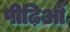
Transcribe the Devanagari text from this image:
पीढ़िओं